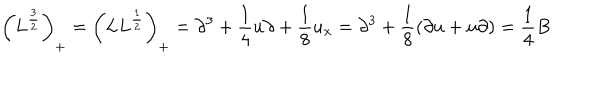
\left( L ^ { \frac { 3 } { 2 } } \right) _ { + } = \left( L L ^ { \frac { 1 } { 2 } } \right) _ { + } = \partial ^ { 3 } + { \frac { 1 } { 4 } } u \partial + { \frac { 1 } { 8 } } u _ { x } = \partial ^ { 3 } + { \frac { 1 } { 8 } } ( \partial u + u \partial ) = { \frac { 1 } { 4 } } B